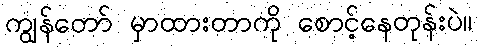
ကျွန်တော် မှာထားတာကို စောင့်နေတုန်းပဲ။